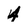
Character: 4